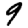
Digit: 9